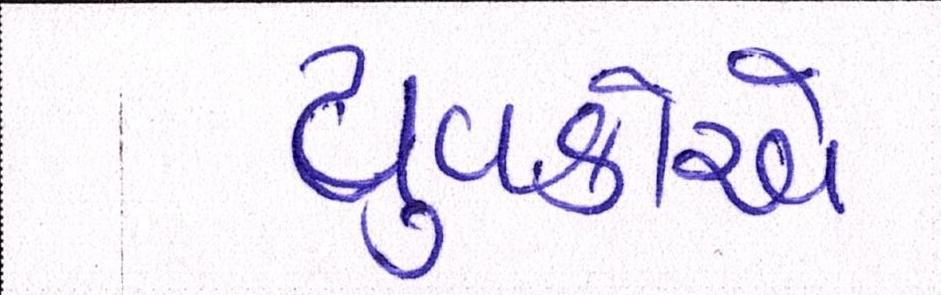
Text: યુવકોએ